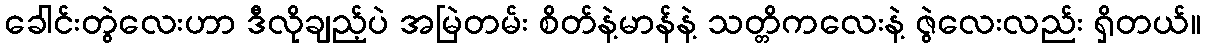
ခေါင်းတွဲလေးဟာ ဒီလိုချည့်ပဲ အမြဲတမ်း စိတ်နဲ့မာန်နဲ့ သတ္တိကလေးနဲ့ ဇွဲလေးလည်း ရှိတယ်။